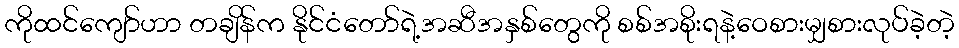
ကိုထင်ကျော်ဟာ တချိန်က နိုင်ငံတော်ရဲ့အဆီအနှစ်တွေကို စစ်အစိုးရနဲ့ဝေစားမျှစားလုပ်ခဲ့တဲ့